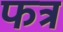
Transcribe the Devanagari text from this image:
फत्र